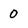
Character: 0